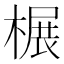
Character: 榐